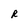
Character: R